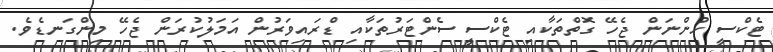
ޓެކްސީ ހުންނަން ޖެހޭ ގޮތްތަކާއި ޓެކްސީ ސެންޓަރުތަކާއި ޑްރައިވަރުން އަމަލުކުރަން ޖެހޭ މިންގަނޑެވެ.